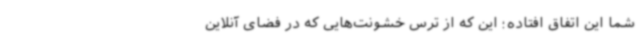
شما این اتفاق افتاده؛ این که از ترس خشونت‌هایی که در فضای آنلاین